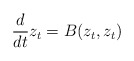
\begin{align*}\frac{d}{dt} z_t = B(z_t,z_t)\end{align*}